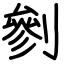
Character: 剼